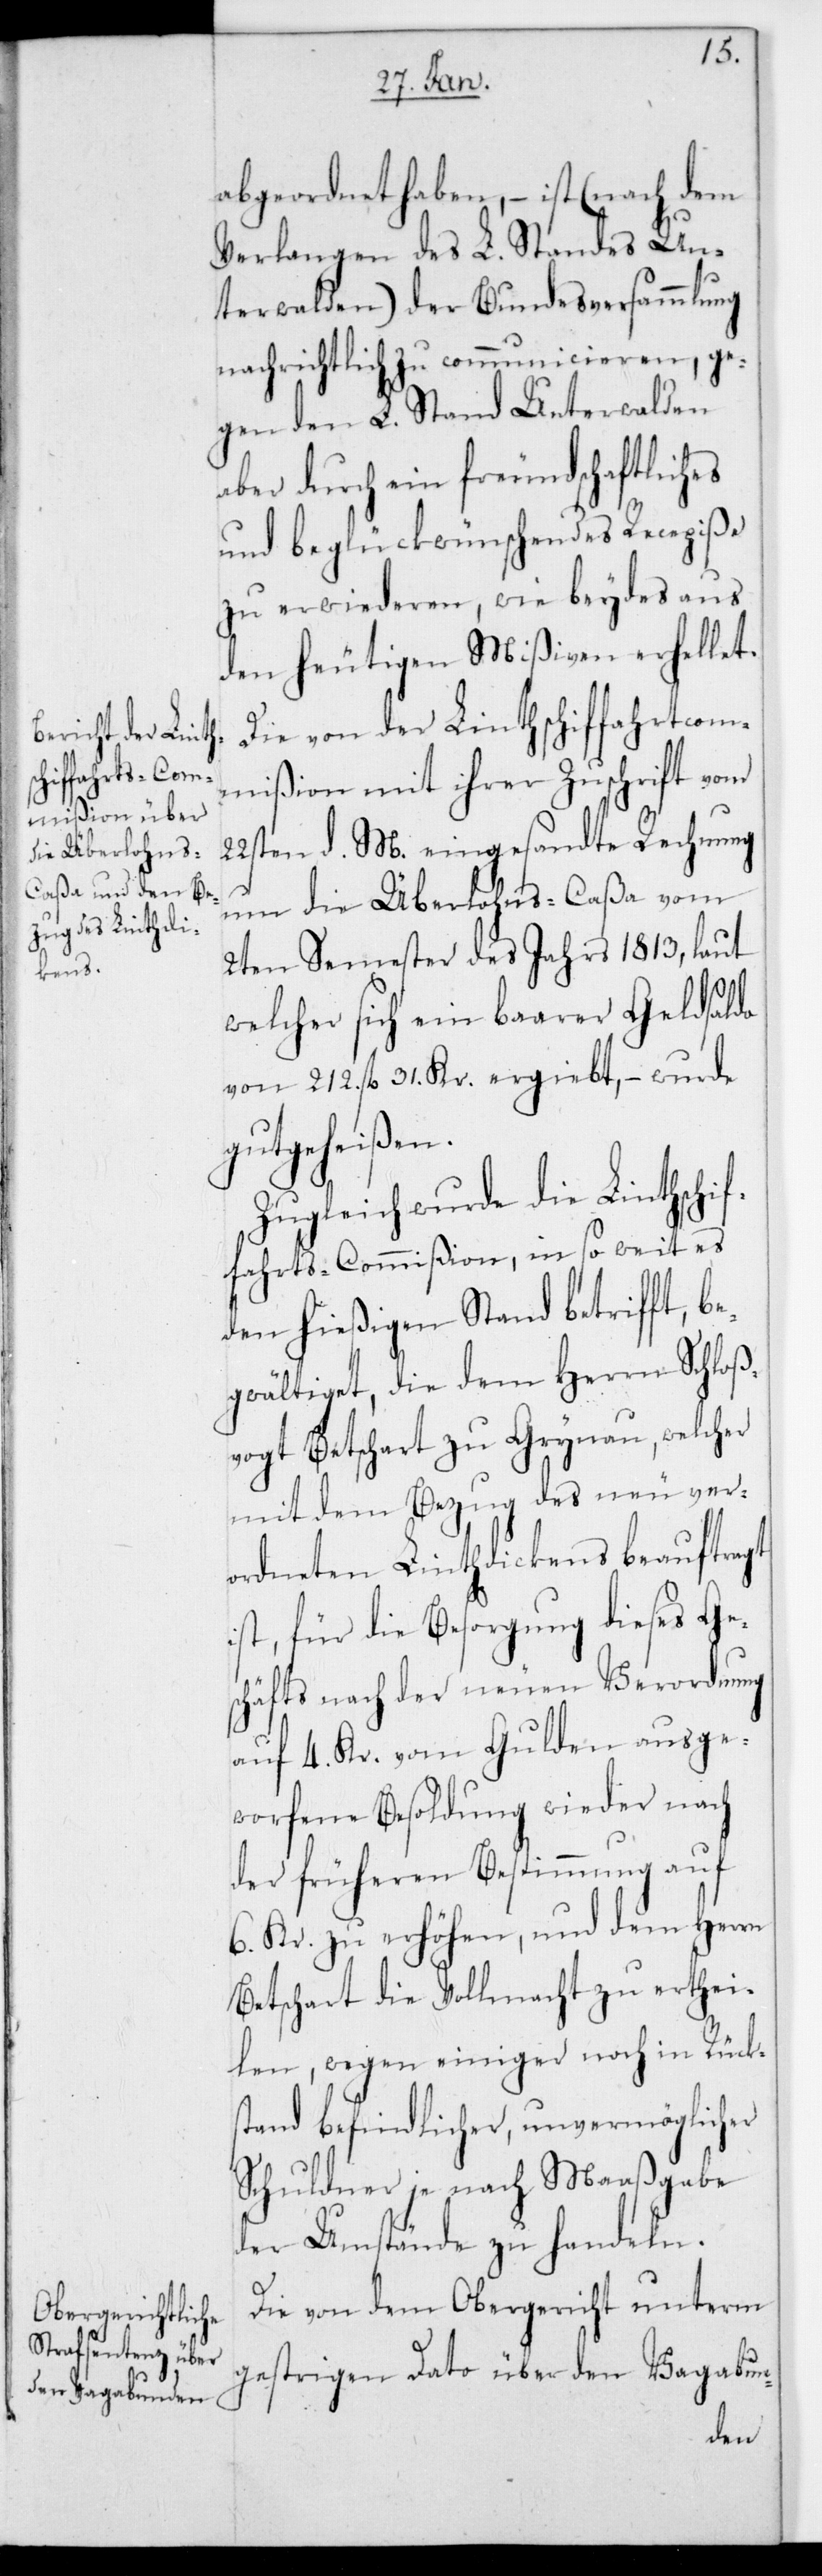
abgeordnet haben, – ist (nach dem
Verlangen des L. Standes Un¬
terwalden) der Bundesversammlung
nachrichtlich zu communicieren, ge¬
gen den L. Stand Unterwalden
aber durch ein freundschaftliches
und beglückwünschendes Recepiße
zu erwiederen, wie beydes aus
den heutigen Mißiven erhellet.
Die von der Linthschifffahrtscom¬
mißion mit ihrer Zuschrift vom
22sten d. M. eingesandte Rechnung
um die Überlohns-Caßa vom
2ten Semester des Jahrs 1813, laut
welcher sich ein baarer Geldsaldo
von 212. fl. 31. Kr. ergiebt, – wurde
gutgeheißen.
Zugleich wurde die Linthschif¬
ffahrts-Commißion, in so weit es
den hießigen Stand betrifft, be¬
gwältiget, die dem Herrn Schloß¬
vogt Betschart zu Grynau, welcher
mit dem Bezug des neu ver¬
ordneten Linthdickens beauftragt
ist, für die Besorgung dieses Ges¬
chäfts nach der neuen Verordnung
auf 4. Kr. vom Gulden ausge¬
worfene Besoldung wieder nach
der früheren Bestimmung auf
6. Kr. zu erhöhen, und dem Herrn
Betschart die Vollmacht zu erthei¬
len, wegen einiger noch in Rücks¬
tand befindlicher, unvermöglicher
Schuldner je nach Maaßgabe
der Umstände zu handeln.
Die von dem Obergericht unterm
gestrigen Dato über den Vagabun-